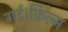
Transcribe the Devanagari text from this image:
गई।फ़िल्म